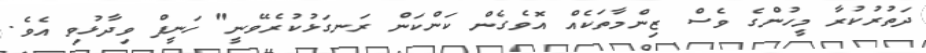
ދަތުރުކުރާ މީހުންގެ ވެސް ޒިންމާތަކެއް އޮވެގެން ކަންކަން ރަނގަޅުކުރެވޭނީ" ހަނީފް ވިދާޅުވި އެވެ.